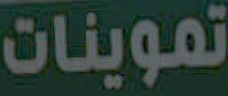
تموينات